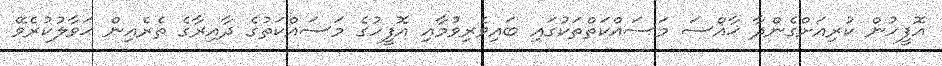
އޮފީހުން ކުރިއަށްގެންދާ ޚާއްސަ މަސައްކަތްތަކުގައި ބައިވެރިވުމާއި އޮފީހުގެ މަސައްކަތުގެ ދާއިރާގެ ތެރެއިން ޙަވާލުކުރެވޭ